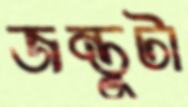
জন্তুটা